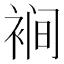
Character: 裥